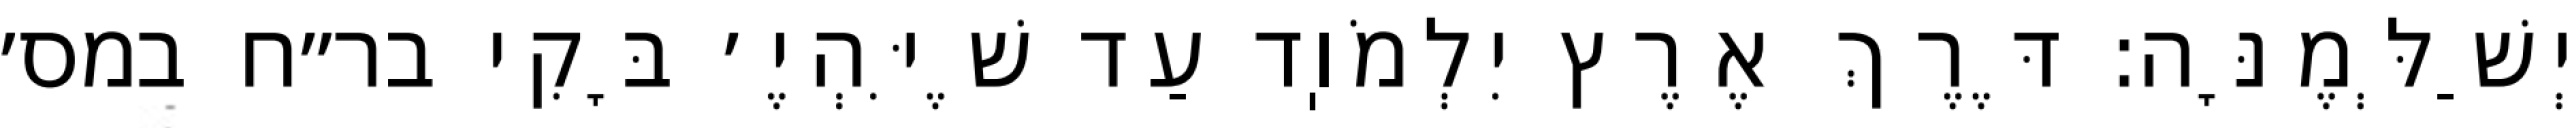
יְשַׁלְּמֶנָּה: דֶּרֶךְ אֶרֶץ יִלְמֹוֽד עַד שֶׁיִּהְיֶ׳ בָּקִי בר״ח במס׳